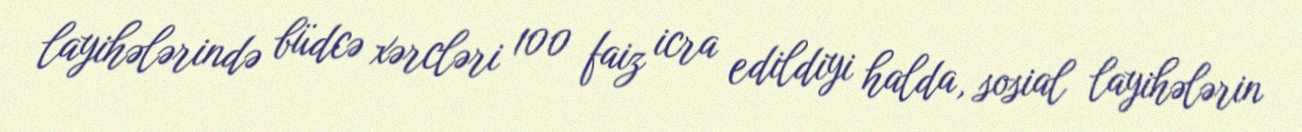
layihələrində büdcə xərcləri 100 faiz icra edildiyi halda, sosial layihələrin